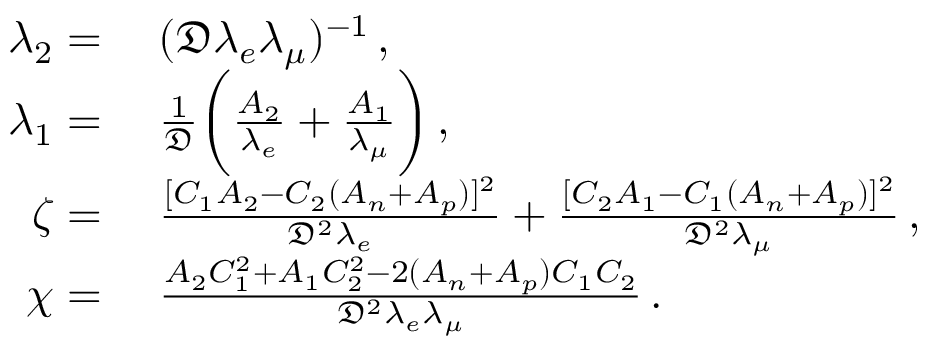
\begin{array} { r l } { \lambda _ { 2 } = { } } & { { } ( \mathfrak { D } \lambda _ { e } \lambda _ { \mu } ) ^ { - 1 } \, , } \\ { \lambda _ { 1 } = { } } & { { } \frac { 1 } { \mathfrak { D } } \bigg ( \frac { A _ { 2 } } { \lambda _ { e } } + \frac { A _ { 1 } } { \lambda _ { \mu } } \bigg ) \, , } \\ { \zeta = { } } & { { } \frac { [ C _ { 1 } A _ { 2 } - C _ { 2 } ( A _ { n } + A _ { p } ) ] ^ { 2 } } { \mathfrak { D } ^ { 2 } \lambda _ { e } } + \frac { [ C _ { 2 } A _ { 1 } - C _ { 1 } ( A _ { n } + A _ { p } ) ] ^ { 2 } } { \mathfrak { D } ^ { 2 } \lambda _ { \mu } } \, , } \\ { \chi = { } } & { { } \frac { A _ { 2 } C _ { 1 } ^ { 2 } + A _ { 1 } C _ { 2 } ^ { 2 } - 2 ( A _ { n } + A _ { p } ) C _ { 1 } C _ { 2 } } { \mathfrak { D } ^ { 2 } \lambda _ { e } \lambda _ { \mu } } \, . } \end{array}